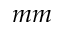
m m